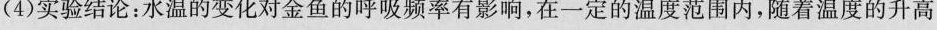
(4)实验结论：水温的变化对金鱼的呼吸频率有影响，在一定的温度范围内，随着温度的升高